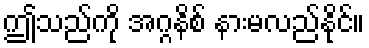
ဤသည်ကို အဂ္ဂနိစ် နားမလည်နိုင်။